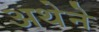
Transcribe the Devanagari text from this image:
अथेने